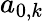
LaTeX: a_{0,k}